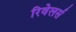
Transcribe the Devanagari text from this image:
रिवेलर्स